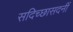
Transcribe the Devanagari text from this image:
सदिच्छासदनीं